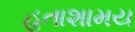
હતાશામય